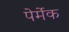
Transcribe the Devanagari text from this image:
पेर्मेक